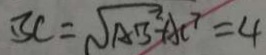
B C = \sqrt { A B ^ { 2 } } - A C ^ { 7 } = 4